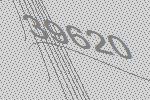
39620